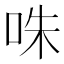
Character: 咮